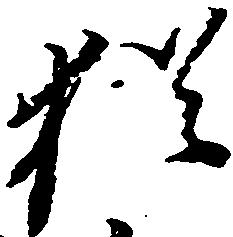
猶